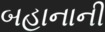
બહાનાની